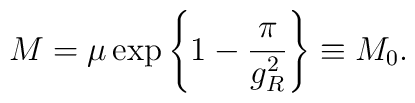
M=\mu \exp\left\{1-\frac{\pi}{g_R^2}\right\}\equiv M_0.